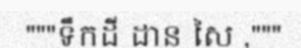
"""ទឹកដី ដាន សៃ ,"""